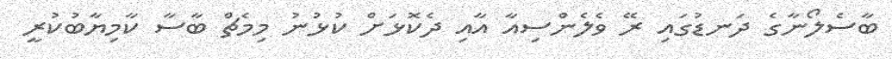
ބާސެލޯނާގެ ދަނޑުގައި ރޭ ވެލެންސިއާ އާއި ދެކޮޅަށް ކުޅުނު މިމެޗް ބާސާ ކާމިޔާބުކުރީ